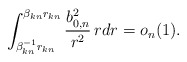
\begin{align*}\int_{\beta_{kn}^{-1}r_{kn}}^{\beta_{kn}r_{kn}}\frac{b^2_{0,n}}{r^2}\,rdr=o_n(1).\end{align*}